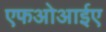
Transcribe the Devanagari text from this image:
एफओआईए